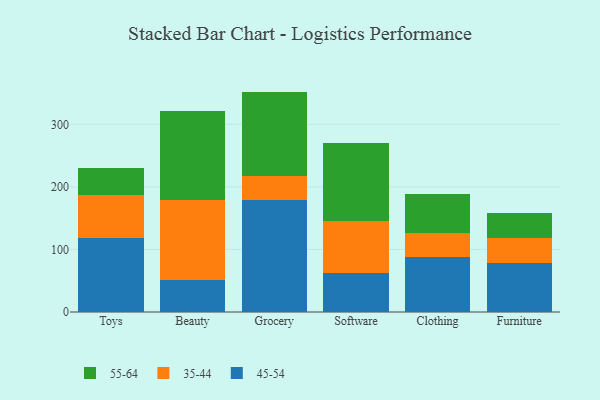
{"axis": {"x": "Category", "y": "Humidity (%)"}, "legend": ["35-44", "45-54", "55-64"], "data": [{"x": "Toys", "y": 118.5, "type": "45-54"}, {"x": "Toys", "y": 68.5, "type": "35-44"}, {"x": "Toys", "y": 43.2, "type": "55-64"}, {"x": "Beauty", "y": 51.0, "type": "45-54"}, {"x": "Beauty", "y": 128.3, "type": "35-44"}, {"x": "Beauty", "y": 142.8, "type": "55-64"}, {"x": "Grocery", "y": 179.8, "type": "45-54"}, {"x": "Grocery", "y": 37.8, "type": "35-44"}, {"x": "Grocery", "y": 134.8, "type": "55-64"}, {"x": "Software", "y": 61.8, "type": "45-54"}, {"x": "Software", "y": 83.4, "type": "35-44"}, {"x": "Software", "y": 125.2, "type": "55-64"}, {"x": "Clothing", "y": 87.7, "type": "45-54"}, {"x": "Clothing", "y": 37.9, "type": "35-44"}, {"x": "Clothing", "y": 62.9, "type": "55-64"}, {"x": "Furniture", "y": 78.7, "type": "45-54"}, {"x": "Furniture", "y": 40.2, "type": "35-44"}, {"x": "Furniture", "y": 39.7, "type": "55-64"}]}